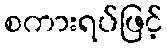
စကားရပ်ဖြင့်